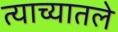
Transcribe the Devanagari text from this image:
त्याच्यातले